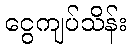
ငွေကျပ်သိန်း